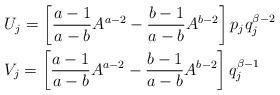
LaTeX: \begin{align*}&U_{j}=\left[\frac{a-1}{a-b}A^{a-2}-\frac{b-1}{a-b}A^{b-2}\right]p_{j}q^{\beta-2}_{j}\\&V_{j}=\left[\frac{a-1}{a-b}A^{a-2}-\frac{b-1}{a-b}A^{b-2}\right]q^{\beta-1}_{j}\end{align*}